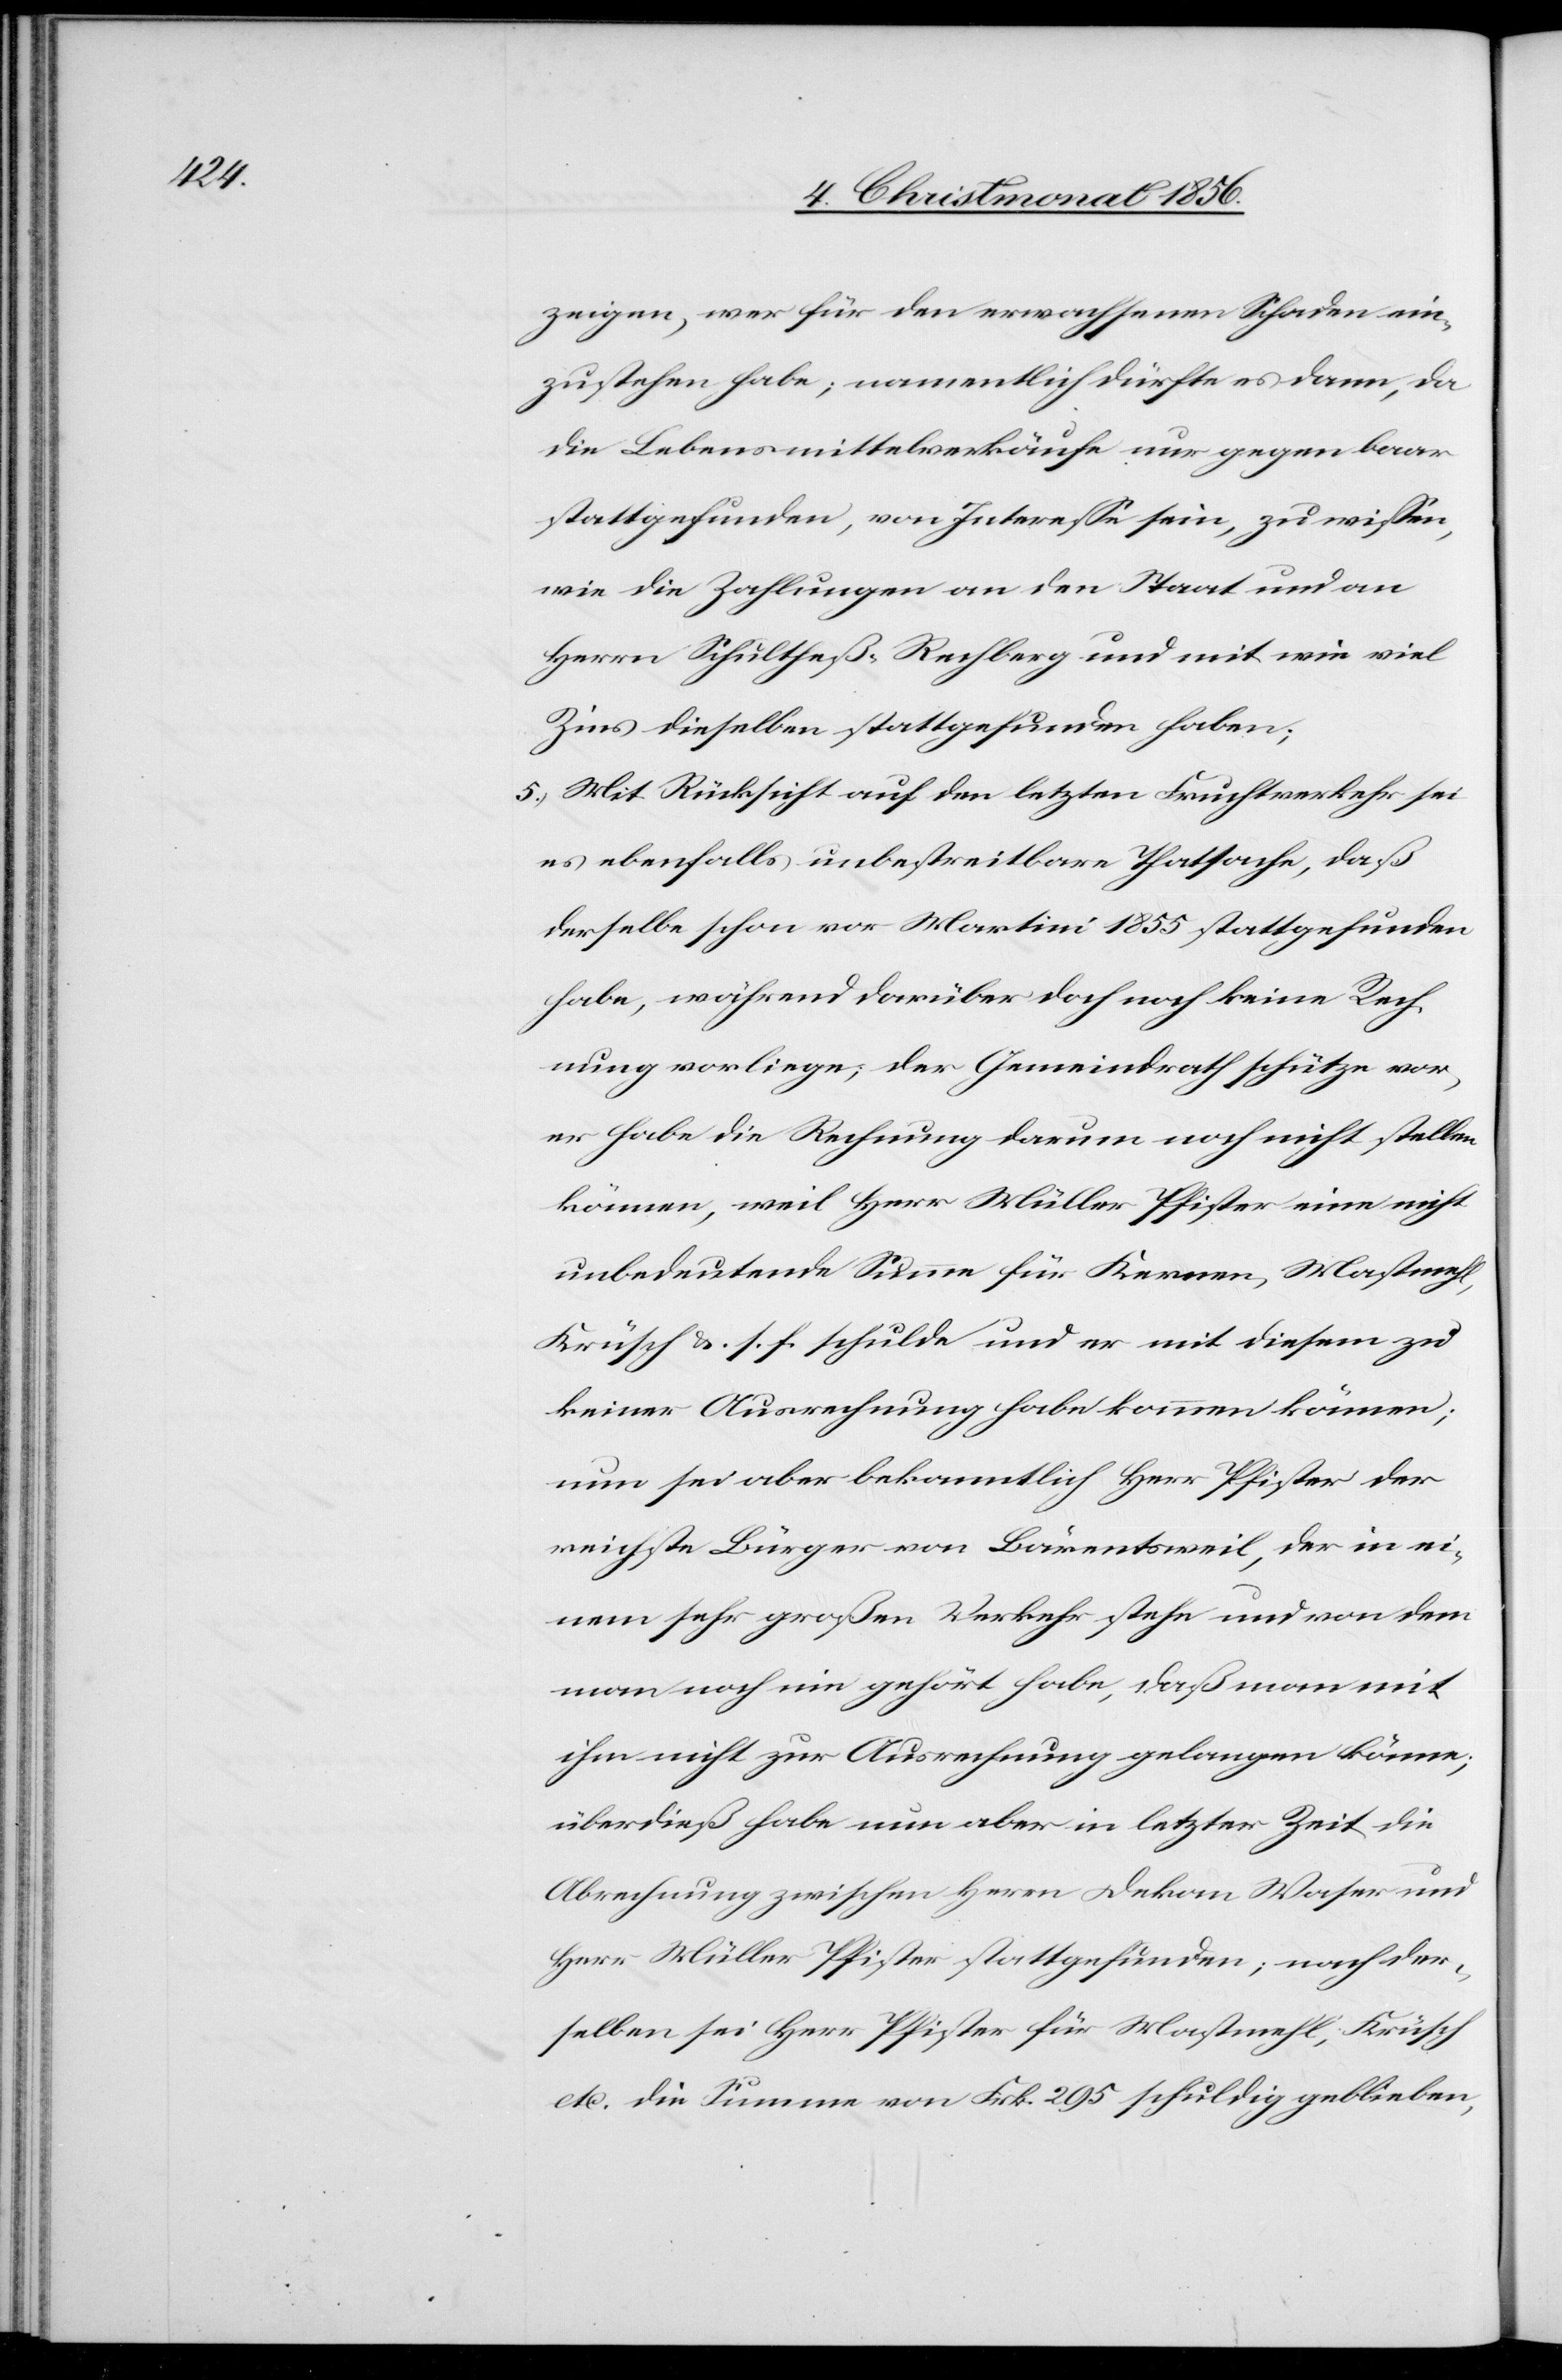
zeigen, wer für den erwachsenen Schaden ein¬
zustehen habe; namentlich dürfte es dann, da
die Lebensmittelverkäufe nur gegen baar
stattgefunden, von Interesse sein, zu wissen,
wie die Zahlungen an den Staat und an
Herrn Schultheß-Rechberg und mit wie viel
Zins dieselben stattgefunden haben;
5.) Mit Rücksicht auf den letzten Fruchtverkehr sei
es ebenfalls unbestreitbare Thatsache, daß
derselbe schon vor Martini 1855 stattgefunden
habe, während darüber doch noch keine Rech¬
nung vorliege; der Gemeindrath schütze vor,
er habe die Rechnung darum noch nicht stellen
können, weil Herr Müller Pfister eine nicht
unbedeutende Summe für Kernen, Mastmehl,
Krüsch &. s. f. schulde und er mit diesem zu
keiner Ausrechnung habe kommen können;
nun sei aber bekanntlich Herr Pfister der
reichste Bürger von Bärentsweil, der in ei¬
nem sehr großen Verkehr stehe und von dem
man noch nie gehört habe, daß man mit
ihm nicht zur Ausrechnung gelangen könne;
überdieß habe nun aber in letzter Zeit die
Abrechnung zwischen Herrn Dekan Waser und
Herr Müller Pfister stattgefunden; nach der¬
selben sei Herr Pfister für Mastmehl, Krüsch
etc. die Summe von Frk. 295 schuldig geblieben,